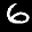
Label: 6